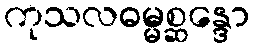
ကုသလဓမ္မစ္ဆန္ဒော